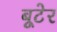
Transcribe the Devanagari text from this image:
बूटेर